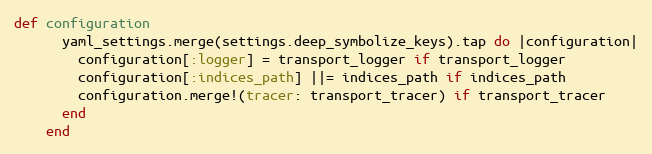
Language: Ruby
def configuration
      yaml_settings.merge(settings.deep_symbolize_keys).tap do |configuration|
        configuration[:logger] = transport_logger if transport_logger
        configuration[:indices_path] ||= indices_path if indices_path
        configuration.merge!(tracer: transport_tracer) if transport_tracer
      end
    end